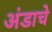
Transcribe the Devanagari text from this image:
अंडाचे